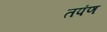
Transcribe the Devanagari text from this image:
तपंण